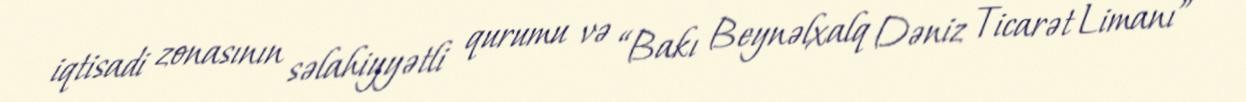
iqtisadi zonasının səlahiyyətli qurumu və “Bakı Beynəlxalq Dəniz Ticarət Limanı”